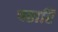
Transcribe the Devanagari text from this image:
पठारिं